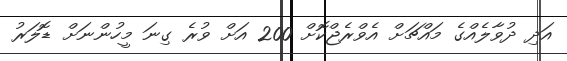
އަދި ދުވާލެއްގެ މައްޗަށް އެވްރެޖްކޮށް 200 އަށް ވުރެ ގިނަ މީހުންނަށް ޑޮލަރު